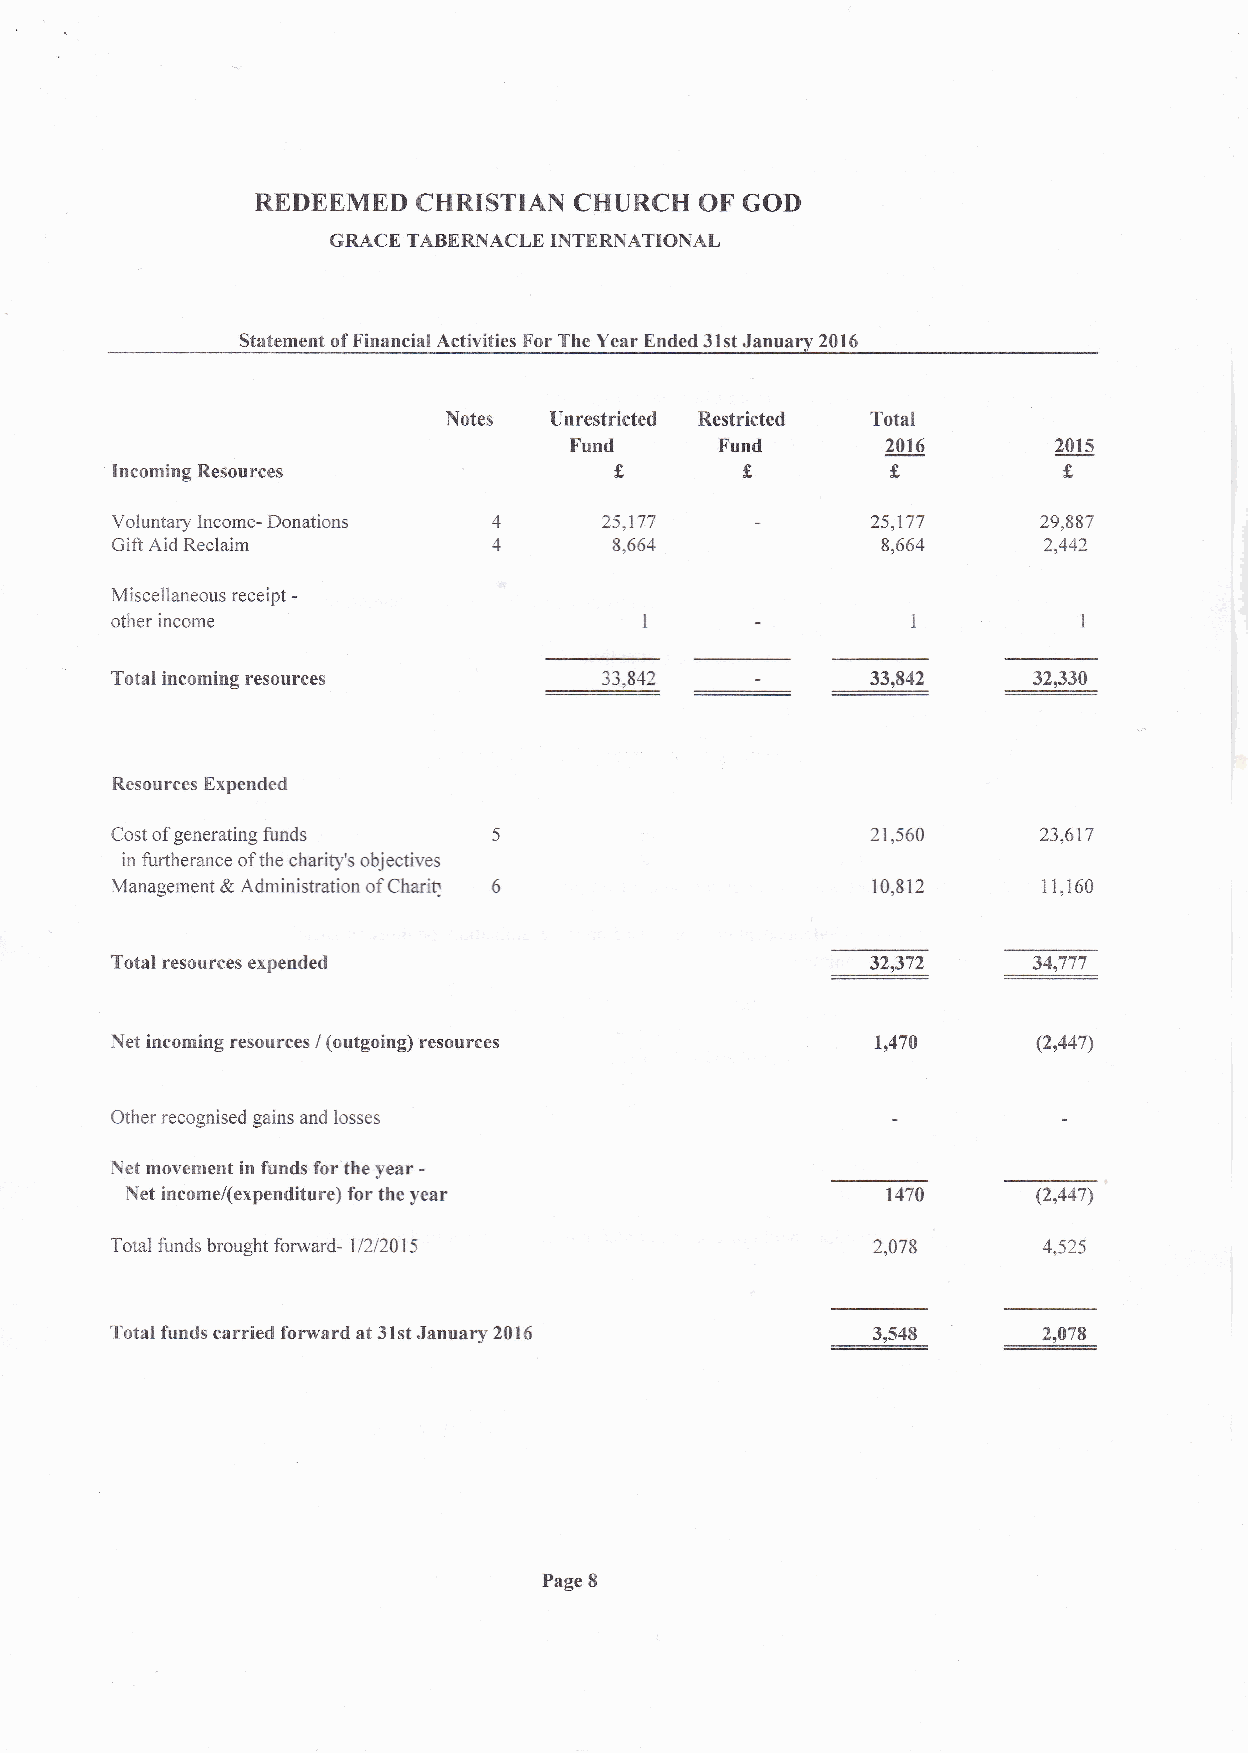
REDEEMED   CHRISTIAN CHURCH  OF GOI)
 GRACE TABERI{ACLE INITERNATIONA.L
 Statement of Financial Activities For The Year Ended 31st January 2016
 Notes Unrestricted Restricted Total
 Fund      Fund       24rc       2015
 f
 Incorning Resources               f,      f.        f,
 Voluntary Income- Donations      25,177            25,177     29,887
 Gift Aid Reclaim                  9,664            8,664      2,442
 Miscellaneous receipt -
 other income                                         I
 1
 Total incoming resources         33,842            33,842    32,330
 Resources Expended
 Cost of generating funds  5                        21,560     23,617
 in furtherance of the charity's objectives
 Management & Administration of Chari! 6            10,812     1 1,160
 Total resources expended                           32,372   _34J?7
 Net incoming resources / (outgoing) resources      1r470      (2,447)
 Other recognised gains and losses
 Net movement in funds for'the year -
 Net income/(expenditure) for the year              1470      (2,447)
 Total funds brought forward- 11212015              2,079      4,525
 Total funds carried forward at 31st January z0rc   3,548      2,479
 Page 8